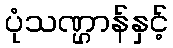
ပုံသဏ္ဌာန်နှင့်